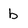
Character: b